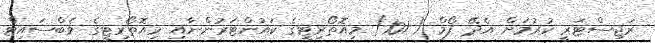
ރަޖިސްޓަރީ ކުރުމަށް އެދޭ ފޯމް ( 101) މިއޮތޯރިޓީގެ ކައުންޓަރުންނާއި މިއޮތޯރިޓީގެ ވެބްސައިޓް